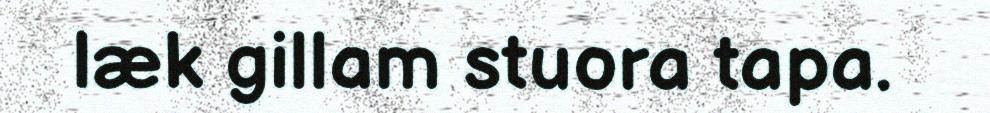
læk gillam stuora tapa.